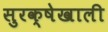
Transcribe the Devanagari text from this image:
सुरक्षेखाली